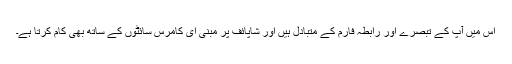
اس میں آپ کے تبصرے اور رابطہ فارم کے متبادل ہیں اور شاپائف پر مبنی ای کامرس سائٹوں کے ساتھ بھی کام کرتا ہے۔